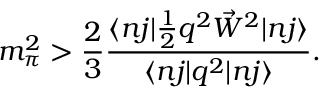
m _ { \pi } ^ { 2 } > \frac { 2 } { 3 } \frac { \langle n j | \frac { 1 } { 2 } q ^ { 2 } \vec { W } ^ { 2 } | n j \rangle } { \langle n j | q ^ { 2 } | n j \rangle } .